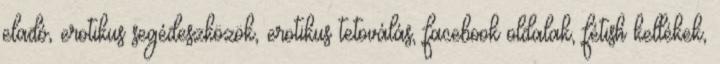
eladó, erotikus segédeszközök, erotikus tetoválás, facebook oldalak, fétish kellékek,